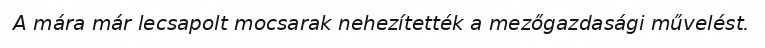
A mára már lecsapolt mocsarak nehezítették a mezőgazdasági művelést.